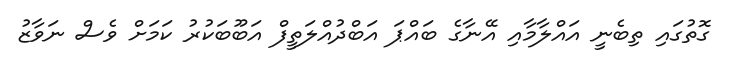
ގޮތުގައި ތިބެނީ އައްލާމާއި އޭނާގެ ބައްޕަ އަބްދުއްލަތީފް އަބޫބަކުރު ކަމަށް ވެސް ނަވާޒު